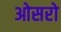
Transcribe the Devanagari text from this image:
ओसरो